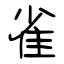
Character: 雀